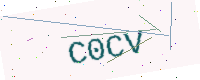
Text: C0CV